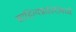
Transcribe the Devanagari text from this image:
साहित्यप्रकारांमध्ये